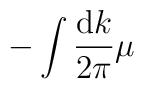
- \int \frac{{\rm d}k}{2\pi} \mu